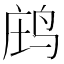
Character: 𪉉